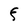
Character: F